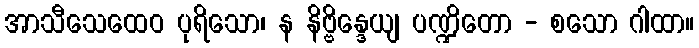
အာသီသေထေဝ ပုရိသော၊ န နိဗ္ဗိန္ဒေယျ ပဏ္ဍိတော - စသော ဂါထာ။